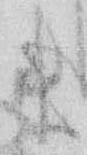
ま